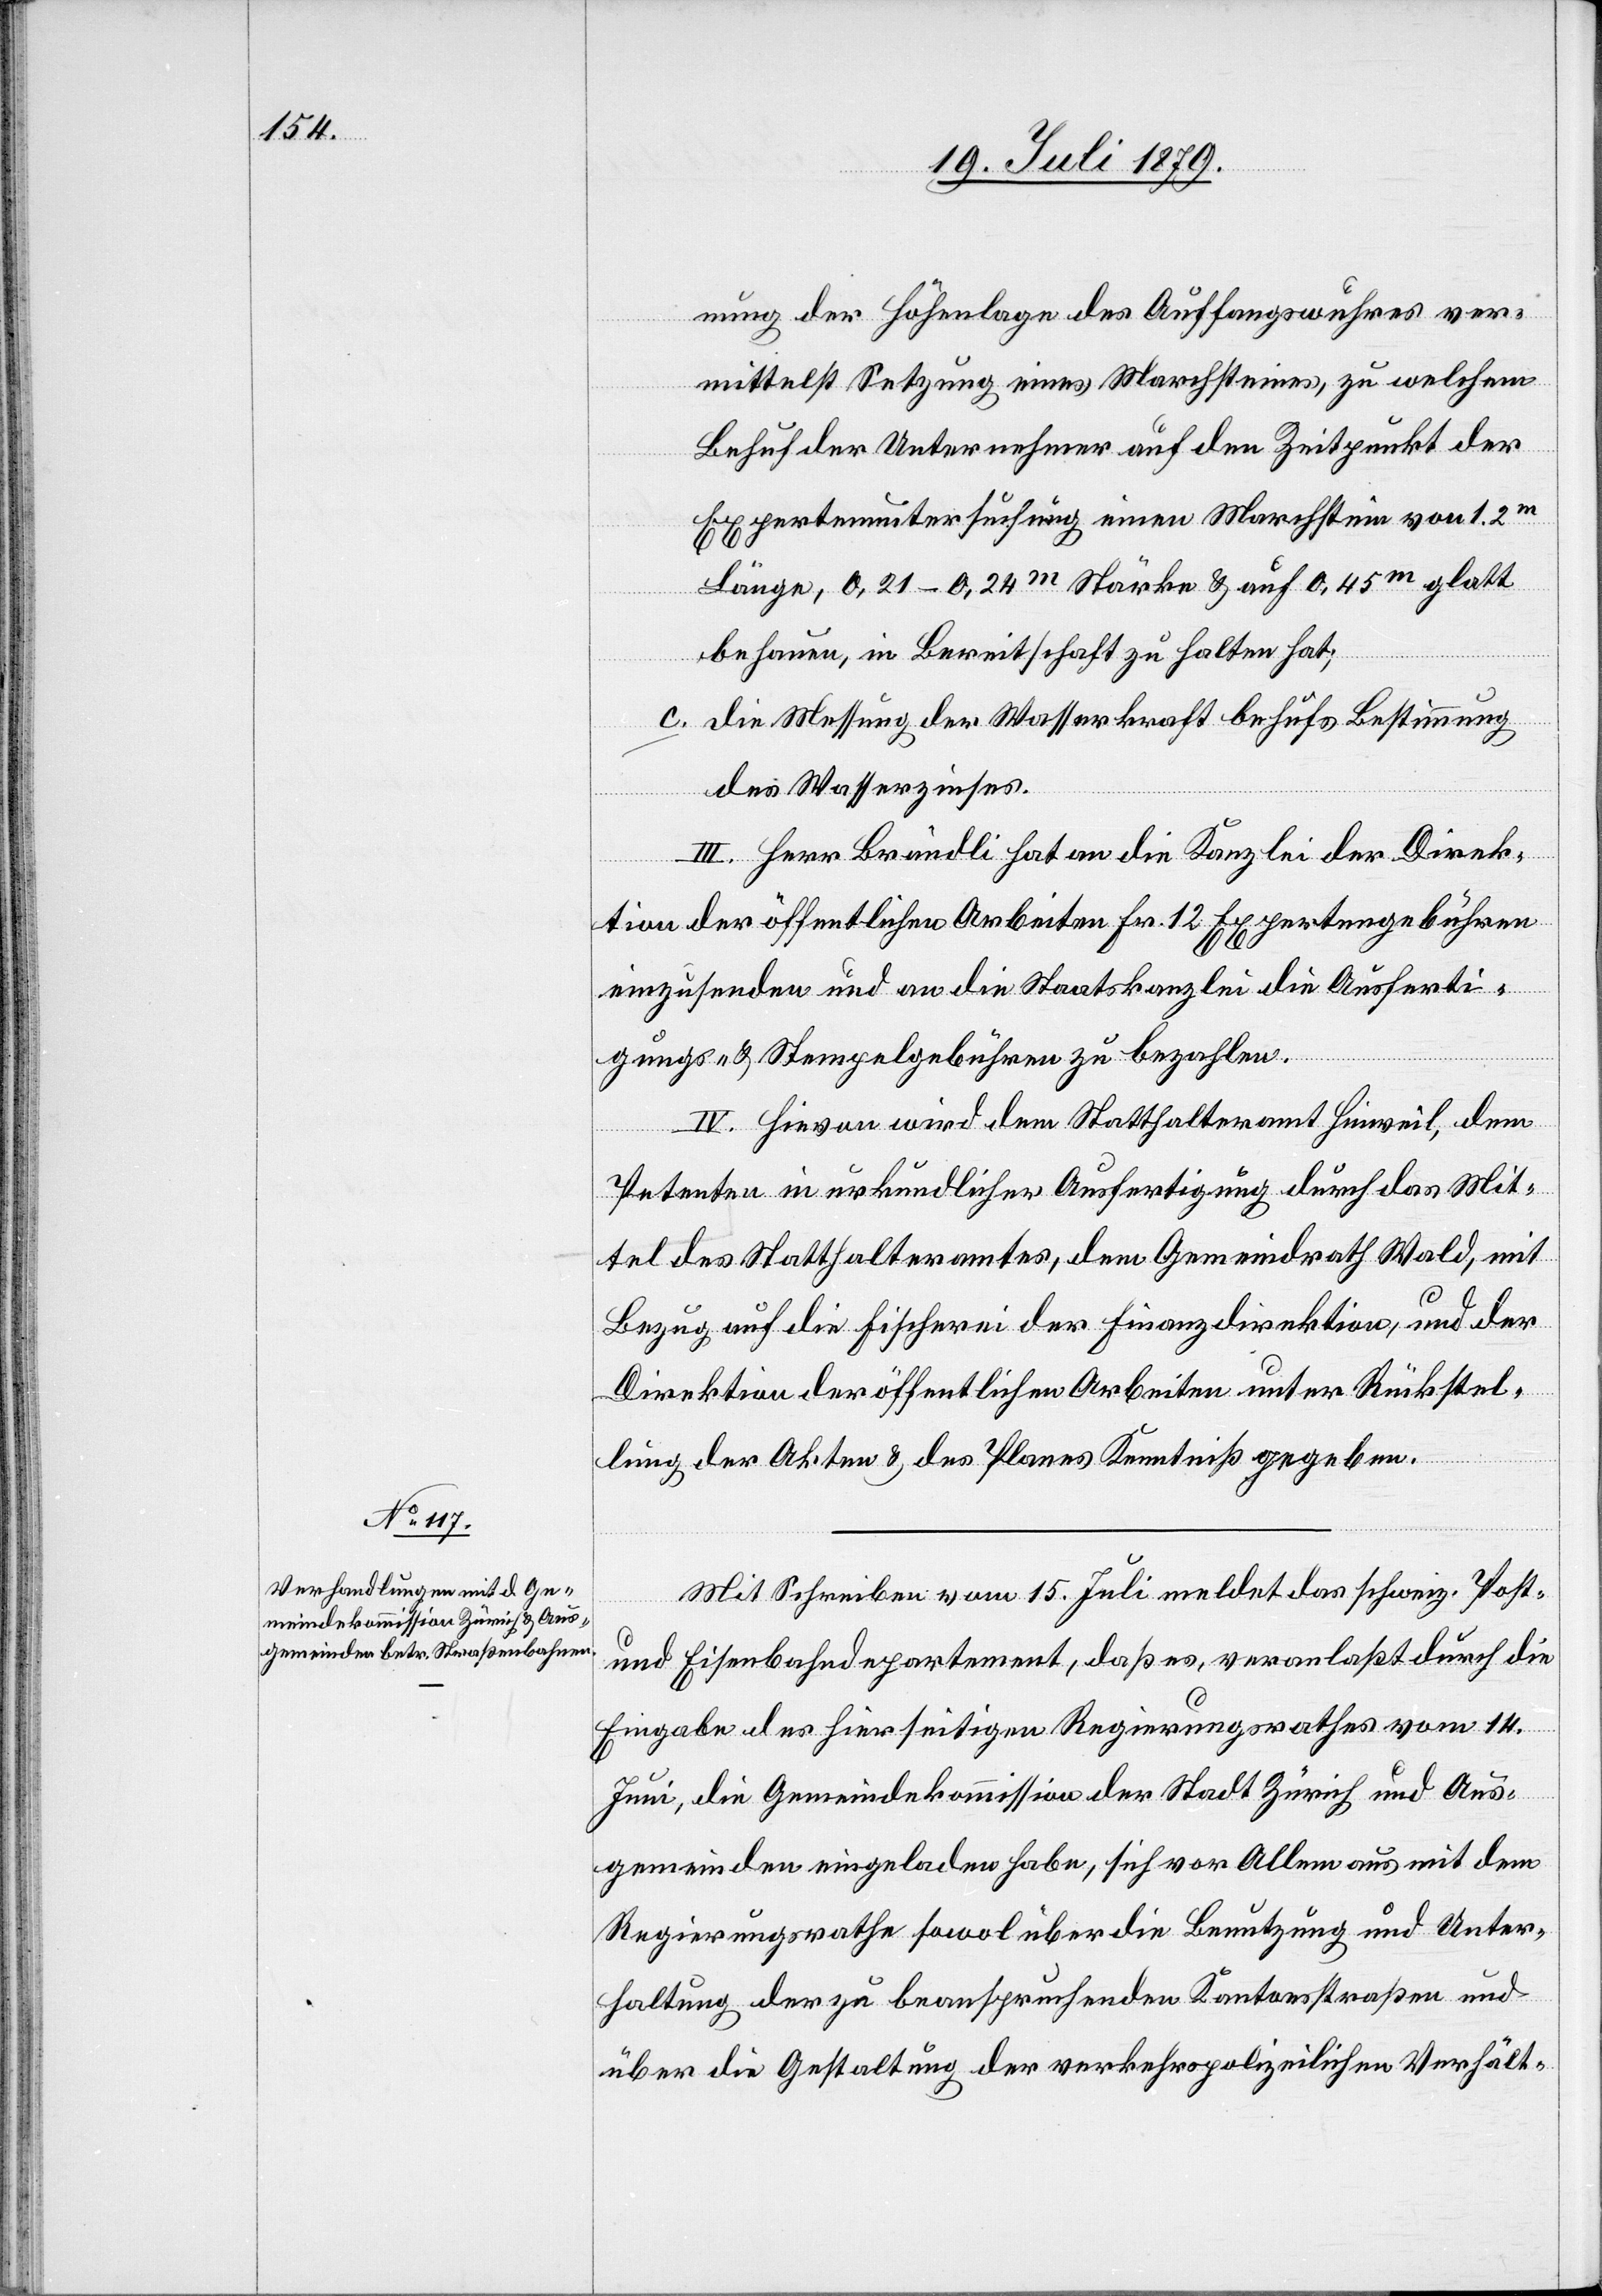
nung der Höhenlage des Auffangswuhres ver¬
mittelst Setzung eines Marchsteines, zu welchem
Behuf der Unternehmer auf den Zeitpunkt der
Expertenuntersuchung einen Marchstein von 1.2m
Länge, 0,21–0,24m Stärke & auf 0,45m glatt
behauen, in Bereitschaft zu halten hat;
c. die Messung der Wasserkraft behufs Bestimmung
des Wasserzinses.
III. Herr Brändli hat an die Kanzlei der Direk¬
tion der öffentlichen Arbeiten Fr. 12 Expertengebühren
einzusenden und an die Staatskanzlei die Ausferti¬
gungs- & Stempelgebühren zu bezahlen.
IV. Hievon wird dem Statthalteramt Hinweil, dem
Petenten in urkundlicher Ausfertigung durch das Mit¬
tel des Statthalteramtes, dem Gemeindrath Wald, mit
Bezug auf die Fischerei der Finanzdirektion, und der
Direktion der öffentlichen Arbeiten unter Rückstel¬
lung der Akten & des Planes Kenntniß gegeben.
Mit Schreiben vom 15. Juli meldet das schweiz. Post-
und Eisenbahndepartement, daß es, veranlaßt durch die
Eingabe des hierseitigen Regierungsrathes vom 14.
Juni, die Gemeindekommission der Stadt Zürich und Aus¬
gemeinden eingeladen habe, sich vor Allem aus mit dem
Regierungsrathe sowol über die Benutzung und Unter¬
haltung der zu beanspruchenden Kantonsstraßen und
über die Gestaltung der verkehrspolizeilichen Verhält-